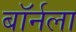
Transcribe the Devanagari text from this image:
बॉर्नला